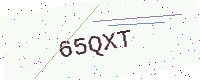
Text: 65QXT